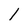
Character: l